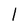
Character: l